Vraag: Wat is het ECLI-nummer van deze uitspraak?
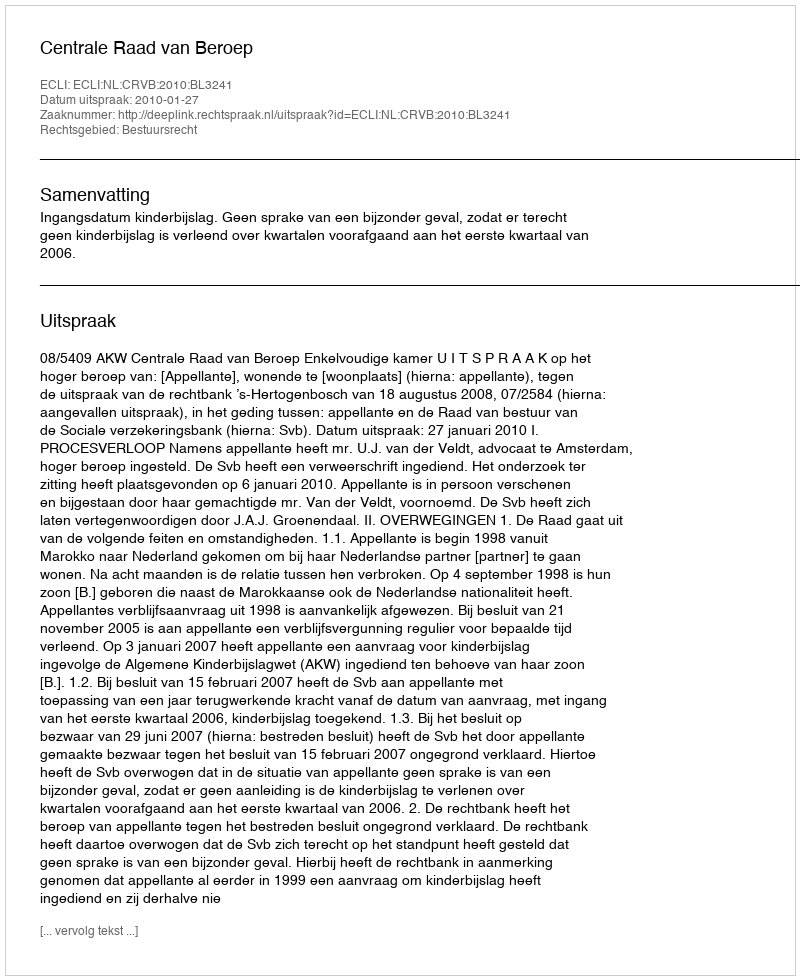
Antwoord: ECLI:NL:CRVB:2010:BL3241